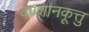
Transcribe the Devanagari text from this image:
वण्णानकूत्तु